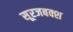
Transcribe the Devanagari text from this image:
सूरजबक्श